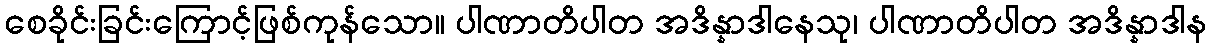
စေခိုင်းခြင်းကြောင့်ဖြစ်ကုန်သော။ ပါဏာတိပါတ အဒိန္နာဒါနေသု၊ ပါဏာတိပါတ အဒိန္နာဒါန